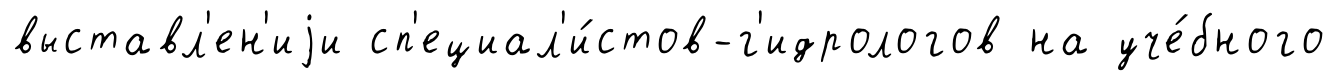
выставл'ен'иjи сп'ециал'и́стов-г'идрологов на уче́бного